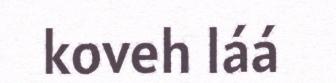
koveh láá